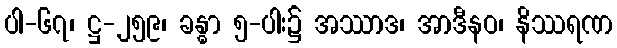
ပါ-၆၇၊ ဋ္ဌ-၂၅၉၊ ခန္ဓာ ၅-ပါး၌ အဿာဒ၊ အာဒီနဝ၊ နိဿရဏ